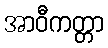
အာဝီကတ္တာ